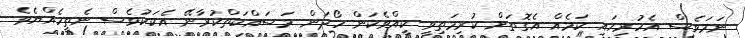
ނަމަވެސް އެހުރިހައި ކަމެއް އެގޮތަށް ކުރިމަތިވީ ކީއްވެކަން ހޯދަން މަސައްކަތްކުރާނޭ އެކަކުވެސް ނެތީހެއްޔެވެ